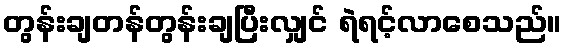
တွန်းချတန်တွန်းချပြီးလျှင် ရဲရင့်လာစေသည်။